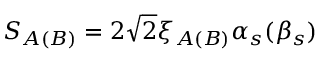
S _ { A ( B ) } = 2 \sqrt { 2 } \xi _ { A ( B ) } \alpha _ { s } ( \beta _ { s } )